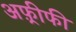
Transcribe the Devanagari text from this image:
अफ़्रीफी